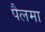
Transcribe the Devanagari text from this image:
पैलमा